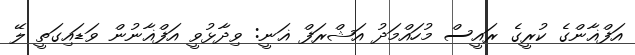
އަފްޣާންގެ ކުރީގެ ރައީސް މުހައްމަދު އަޝްރަފް ޣަނީ: ވިދާޅުވީ އަފްޣާނުން ވަޑައިގަތީ ލޭ